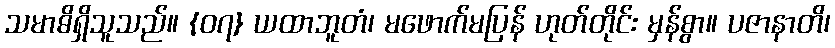
သမာဓိရှိသူသည်။ {၀၇} ယထာဘူတံ၊ မဖောက်မပြန် ဟုတ်တိုင်း မှန်စွာ။ ပဇာနာတိ၊